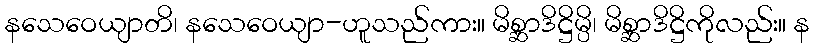
နသေဝေယျာတိ၊ နသေဝေယျာ-ဟူသည်ကား။ မိစ္ဆာဒိဋ္ဌိမ္ပိ၊ မိစ္ဆာဒိဋ္ဌိကိုလည်း။ န